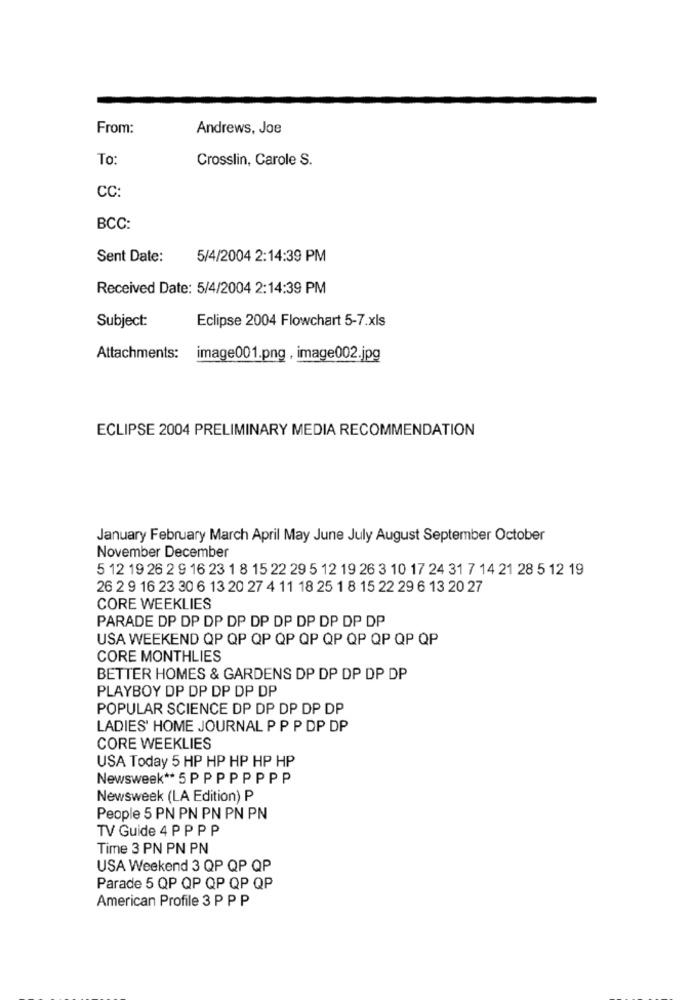
From:
Andrews, Joe
To:
Crosslin, Carole S.
CC:
BCC:
Sent Date:
5/4/2004 2:14:39 PM
Received Date: 5/4/2004 2:14:39 PM
Subject:
Eclipse 2004 Flowchart 5-7.xls
Attachments:
image001.png , image002.jpg
ECLIPSE 2004 PRELIMINARY MEDIA RECOMMENDATION
January February March April May June July August September October
November December
5 12 19 26 2 9 16 23 1 8 15 22 29 5 12 19 26 3 10 17 24 31 7 14 21 28 5 12 19
26 2 9 16 23 30 6 13 20 27 4 11 18 25 1 8 15 22 29 6 13 20 27
CORE WEEKLIES
PARADE DP DP DP DP DP DP DP DP DP DP
USA WEEKEND QP QP QP QP QP QP QP QP QP QP
CORE MONTHLIES
BETTER HOMES & GARDENS DP DP DP DP DP
PLAYBOY DP DP DP DP DP
POPULAR SCIENCE DP DP DP DP DP
LADIES' HOME JOURNAL P P P DP DP
CORE WEEKLIES
USA Today 5 HP HP HP HP HP
Newsweek ** 5 PP PP PPPP
Newsweek (LA Edition) P
People 5 PN PN PN PN PN
TV Guide 4 P P P P
Time 3 PN PN PN
USA Weekend 3 QP QP QP
Parade 5 QP QP QP QP QP
American Profile 3 P P P